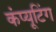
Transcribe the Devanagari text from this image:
कंप्‍यूटिंग